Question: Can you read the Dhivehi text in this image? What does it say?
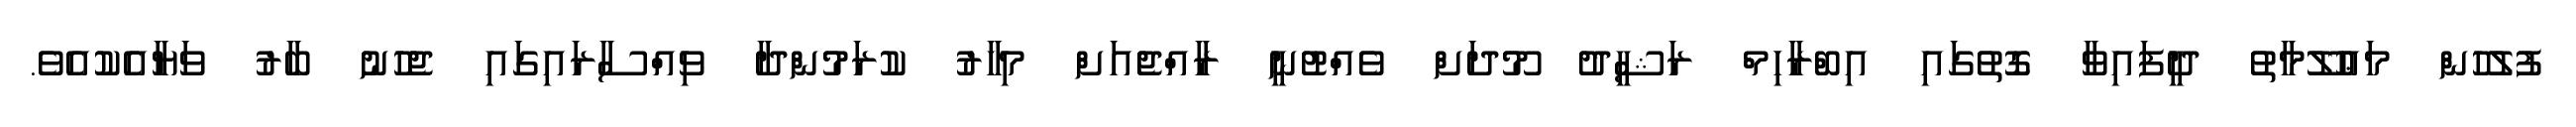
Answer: ފުލުހުން މަޢުލޫމާތު ދީފައިވާ ގޮތުގައި އިބްރާހިމް ރަޝީދު މޫދަށް ވެއްޓުނީ ރާއްޖެއަށް މިހާރު ކުރަމުންދާ ވިއްސާރައިގައި ޖެހުނު ބާރު ވަޔާއެކުއެވެ.